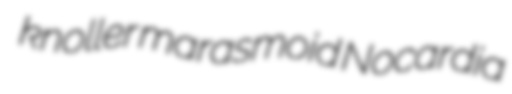
knoller marasmoid Nocardia